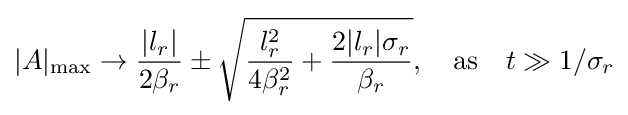
|A|_{\mathrm {max} }\rightarrow {\frac {|l_{r}|}{2\beta _{r}}}\pm {\sqrt {{\frac {l_{r}^{2}}{4\beta _{r}^{2}}}+{\frac {2|l_{r}|\sigma _{r}}{\beta _{r}}}}},\quad {\text{as}}\quad t\gg 1/\sigma _{r}